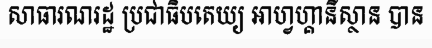
សាធារណរដ្ឋ ប្រជាធិបតេយ្យ អាហ្វហ្គានីស្ថាន បាន